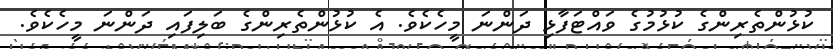
ކުޅުންތެރިންގެ ކުޅުމުގެ ވައްޓަފާޅި ދަންނަ މީހެކެވެ. އެ ކުޅުންތެރިންގެ ބަލިފައި ދަންނަ މީހެކެވެ.